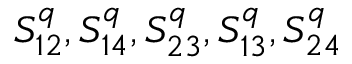
S _ { 1 2 } ^ { q } , S _ { 1 4 } ^ { q } , S _ { 2 3 } ^ { q } , S _ { 1 3 } ^ { q } , S _ { 2 4 } ^ { q }